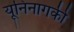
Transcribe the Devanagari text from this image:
यूनिनागकी